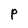
Character: P